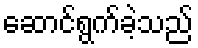
ဆောင်ရွက်ခဲ့သည်